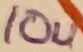
Text: 10u